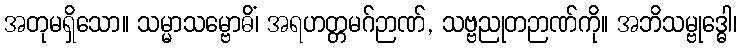
အတုမရှိသော။ သမ္မာသမ္ဗောဓိံ၊ အရဟတ္တမဂ်ဉာဏ်, သဗ္ဗညုတဉာဏ်ကို။ အဘိသမ္ဗုဒ္ဓေါ၊